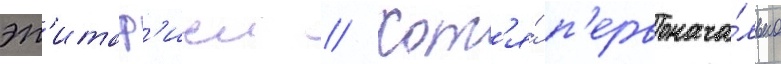
эп'итаф'иеи // Хот'я́ п'ервонача́льно